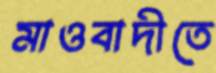
মাওবাদীতে